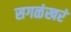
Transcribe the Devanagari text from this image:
सगळंखरं